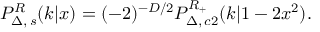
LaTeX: P _ { \Delta , \, s } ^ { \cal R } ( k | x ) = ( - 2 ) ^ { - D / 2 } P _ { \Delta , \, c 2 } ^ { \cal R _ { + } } ( k | 1 - 2 x ^ { 2 } ) .